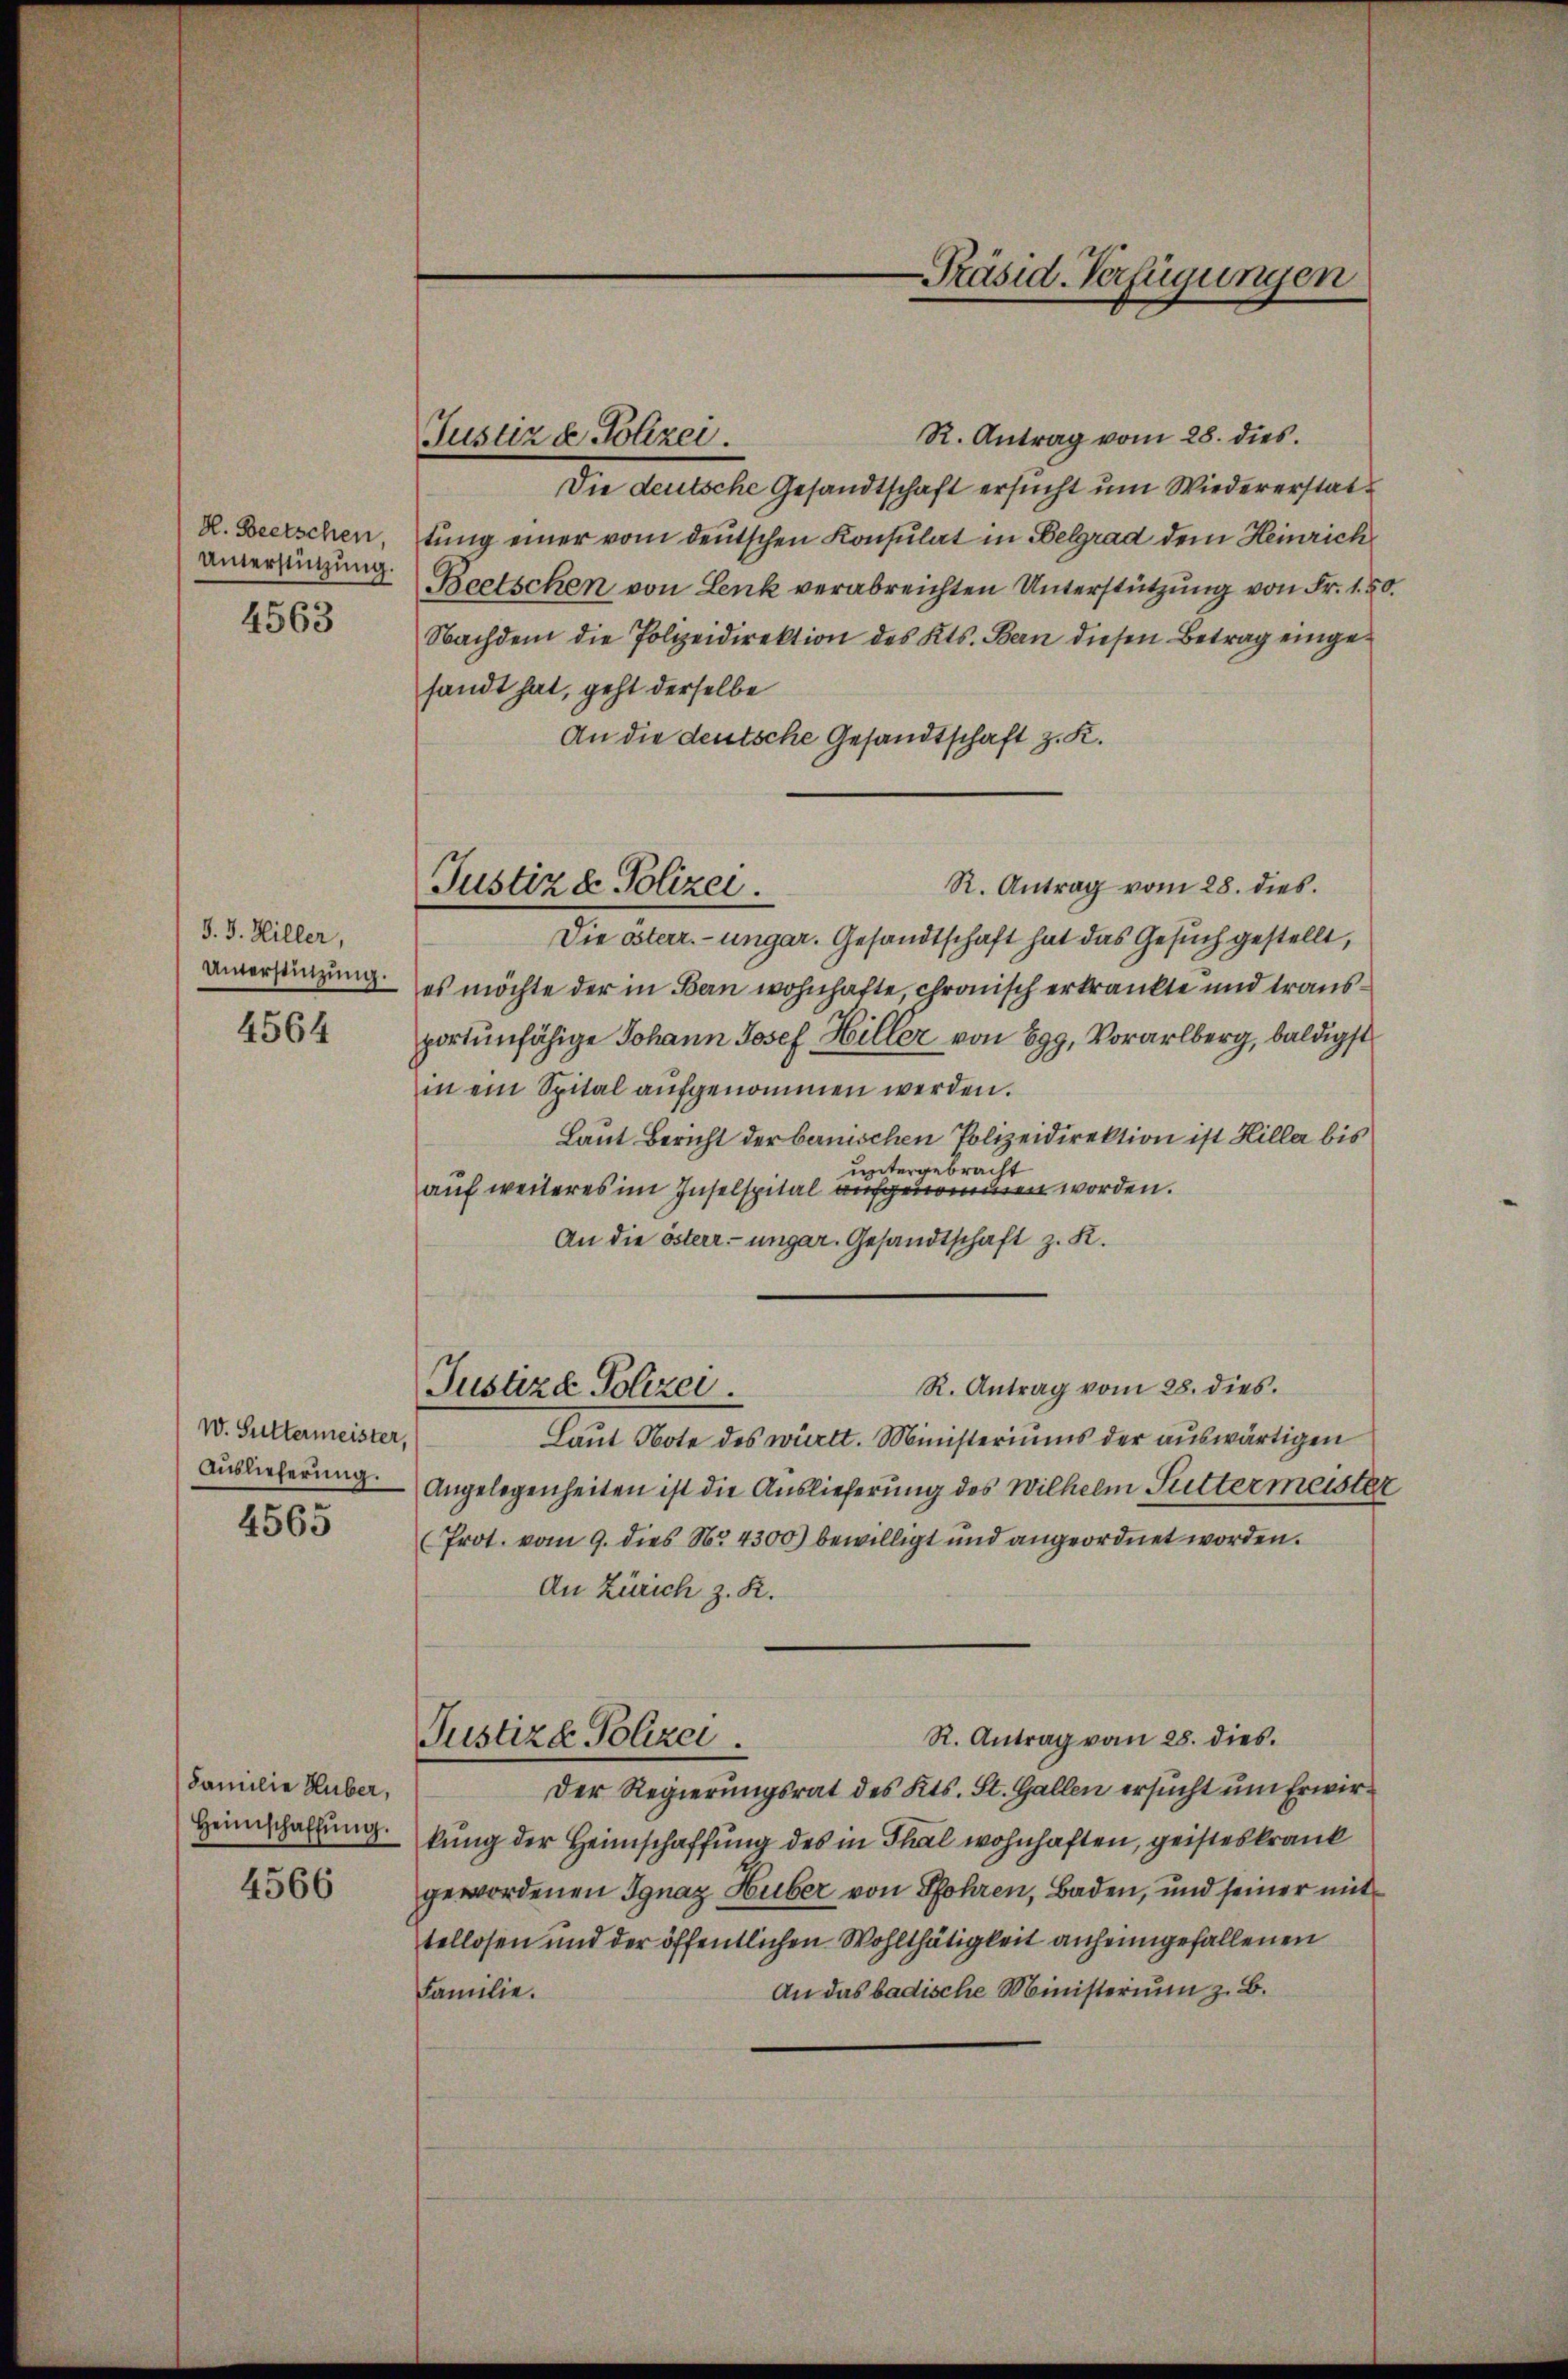
H. Beetschen,
Unterstützung.
4563

d. J. Hiller,
Unterstinzung.
4564

W. Suttermeister,
4565

Familie Huber,
Heimschaffŭng.

4566

Justiz & Polizei.

Justiz & Polizei.

-Präsid-Verfügungen

R. Antrag vom 28. dies
Die deutsche Gesandtschaft ersucht um Wiedererstattung einer vom deutschen Konsulat in Belgrad dem Heinrich
Beetschen von Lenk verabreichten Unterstützung von Fr. 15
Nachdem die Polizeidirektion des Kts. Bern diesen Betrag eingesandt hat, geht derselbe
An die deutsche Gesandtschaft z. K.
R. Antrag vom 28. dies
Die österr.-ungar. Gesandtschaft hat das Gesuch gestellt,
es möchte der in Bern wohnhafte, chronisch erkränkte und transportunfähige Johann Josef Hiller von Egg, Vorarlberg, baldigst
in ein Spital aŭfgenommen werden.
Laut Bericht der benischen Polizeidirektion ist Hiller bis
untergebracht
auf weiteres im Inselspital aufgenommen worden.
An die österr. ungar. Gesandtschaft z. K.
R. Antrag vom 28. dies.
Justiza Polizei
Laut Note des württ. Ministeriums der auswärtigen
Auslieferung. Angelegenheiten ist die Auslieferung des Wilhelm Suttermeiste
Prot. vom 9. dies No 4300) bewilligt und angeordnet worden.
An Zürich z. R.
R. Antrag vom 28. dies
Justiz- Polizei
Der Regierungsrat des Kts. St. Gallen ersucht um Erwirkung der Heimschaffung des in Thal wohnhaften, geisteskrank
gewordenen Ignaz Huber von Pfohren, Baden, und seiner mittellosen und der öffentlichen Wohlthätigkeit anheimgefallenen
An das badische Ministerium z. B.
Familie.